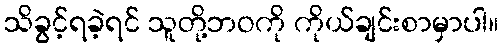
သိခွင့်ရခဲ့ရင် သူတို့ဘဝကို ကိုယ်ချင်းစာမှာပါ။